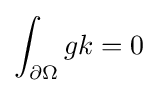
\int _{\partial \Omega }gk=0